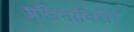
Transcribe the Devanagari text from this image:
प्रतिमाविशेष